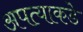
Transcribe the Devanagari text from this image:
अपत्याकडे